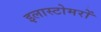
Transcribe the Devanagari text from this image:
इलास्टोमरों